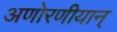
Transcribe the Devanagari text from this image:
अणोरणीयान्‌